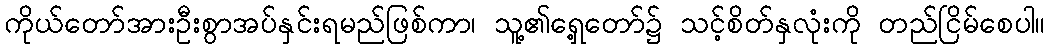
ကိုယ်တော်အားဦးစွာအပ်နှင်းရမည်ဖြစ်ကာ၊ သူ့၏ရှေ့တော်၌ သင့်စိတ်နှလုံးကို တည်ငြိမ်စေပါ။